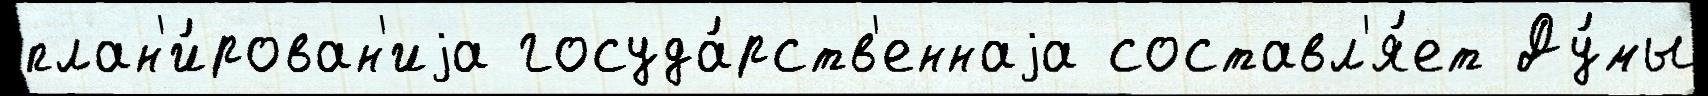
план'и́рован'иjа госуда́рств'еннаjа составл'я́ет Ду́мы